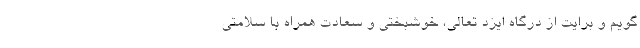
گویم و برایت از درگاه ایزد تعالی، خوشبختی و سعادت همراه با سلامتی